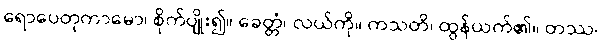
ရောပေတုကာမော၊ စိုက်ပျိုး၍။ ခေတ္တံ၊ လယ်ကို။ ကသတိ၊ ထွန်ယက်၏။ တဿ၊